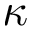
\kappa